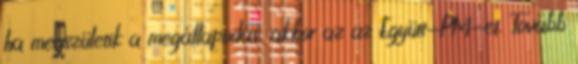
ha megszületik a megállapodás, akkor az az Együtt-PM-et. Tovább